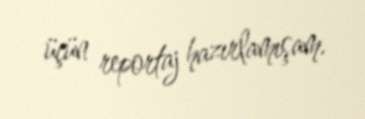
üçün reportaj hazırlamışam.